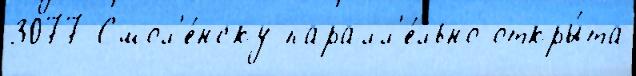
3077 Смол'е́нску паралл'е́льно откры́та